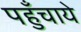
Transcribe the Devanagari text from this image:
पहुँचाये